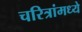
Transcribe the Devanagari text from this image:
चरित्रांमध्ये